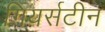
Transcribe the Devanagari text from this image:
गियर्सटीन